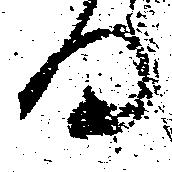
日